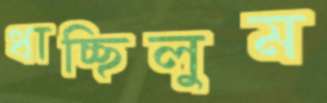
ধাচ্ছিলুম